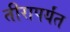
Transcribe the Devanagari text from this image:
तीरापर्यंत